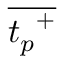
\overline { { { t _ { p } } ^ { + } } }